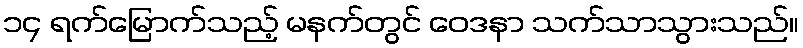
၁၄ ရက်မြောက်သည့် မနက်တွင် ဝေဒနာ သက်သာသွားသည်။